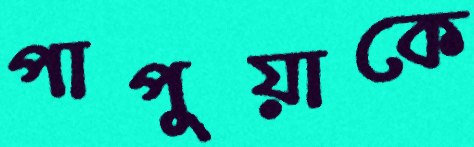
পাপুয়াকে